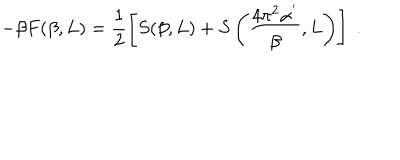
LaTeX: - \beta F ( \beta , L ) = \frac { 1 } { 2 } \left[ S ( \beta , L ) + S \left( \frac { 4 \pi ^ { 2 } \alpha ^ { ' } } { \beta } , L \right) \right] \; .